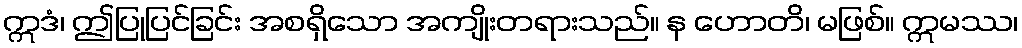
ဣဒံ၊ ဤပြုပြင်ခြင်း အစရှိသော အကျိုးတရားသည်။ န ဟောတိ၊ မဖြစ်။ ဣမဿ၊